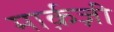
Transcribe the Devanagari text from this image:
मार्क़ज़ी